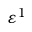
\varepsilon ^ { 1 }